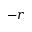
- r